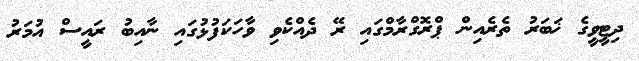
ދިޓީވީގެ ޚަބަރު ތެރެއިން ޕްރޮގްރާމްގައި ރޭ ދެއްކެވި ވާހަކަފުޅުގައި ނާއިބު ރައީސް އުމަރު